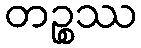
တဉ္စဿ